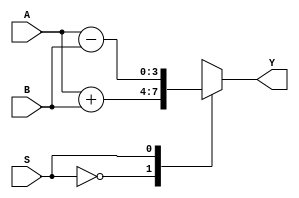
module ULA(A, B, S, Y);

    input wire[3:0] A;
    input wire[3:0] B;
    input wire S;
    output reg[3:0] Y;
    
    parameter Add = 1'b0;
    parameter Sub = 1'b1;
    
    always @(A, B, S, Y) begin
    
        case(S)
        
            Add : Y = A + B;
            Sub : Y = A - B;
        
        endcase
    
    end

endmodule